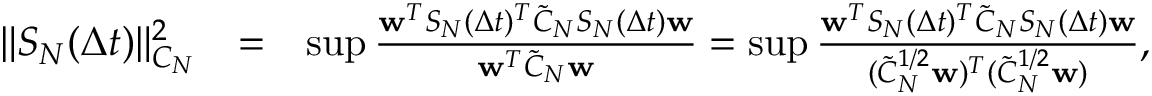
\begin{array} { r l r } { \| S _ { N } ( \Delta t ) \| _ { C _ { N } } ^ { 2 } } & { = } & { \operatorname* { s u p } \frac { { \bf w } ^ { T } S _ { N } ( \Delta t ) ^ { T } \tilde { C } _ { N } S _ { N } ( \Delta t ) { \bf w } } { { \bf w } ^ { T } \tilde { C } _ { N } { \bf w } } = \operatorname* { s u p } \frac { { \bf w } ^ { T } S _ { N } ( \Delta t ) ^ { T } \tilde { C } _ { N } S _ { N } ( \Delta t ) { \bf w } } { ( \tilde { C } _ { N } ^ { 1 / 2 } { \bf w } ) ^ { T } ( \tilde { C } _ { N } ^ { 1 / 2 } { \bf w } ) } , } \end{array}